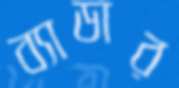
ব্যাডার